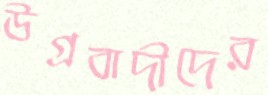
উগ্রবাদীদের